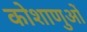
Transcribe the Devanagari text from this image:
कोशाणुओं